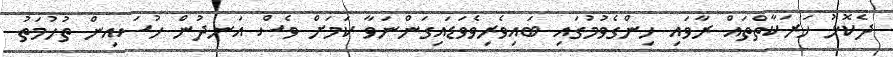
ދެކޮޅު ހަރަކާތްތައް ރާވައި ހިންގެވުމުގައި ބައިވެރިވެވަޑައިގަންނަވާ ކަމަށް ވެސް އަނދުން ހުސައިން ތުހުމަތު